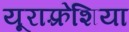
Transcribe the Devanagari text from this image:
यूराफ़्रेशिया